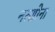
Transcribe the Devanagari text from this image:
नत्शोना